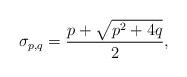
LaTeX: \begin{align*}\sigma _{p,q}=\frac{p+\sqrt{p^{2}+4q}}{2}, \end{align*}